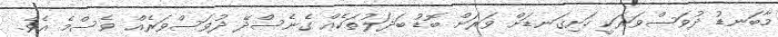
މާބަނޑު ދުވަސްވަރަކީ ހަށިގަނޑަށް ވަރަށް ބޮޑު ބަދަލުތަކެއް ގެނެސްދޭ ދުވަސްވަރެއް ވެސްމެ އެވެ.